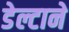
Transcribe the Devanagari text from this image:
डेल्टाने